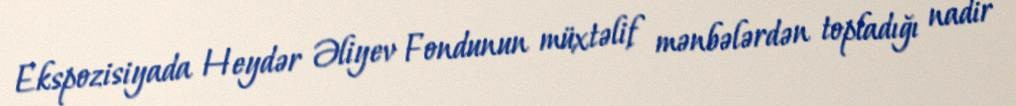
Ekspozisiyada Heydər Əliyev Fondunun müxtəlif mənbələrdən topladığı nadir